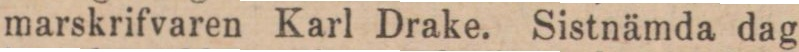
marskrifvaren Karl Drake. Sistnämda dag